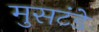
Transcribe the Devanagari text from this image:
मुसटंडे